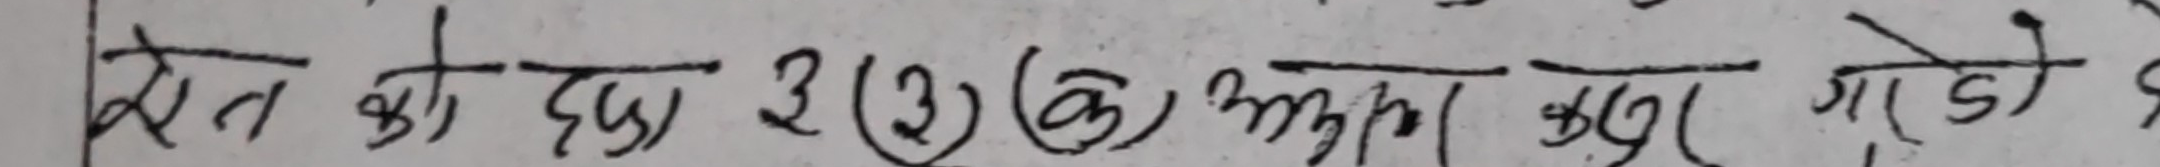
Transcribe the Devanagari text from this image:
नेत को धारा 3(2)(क) मूल कृर पजे